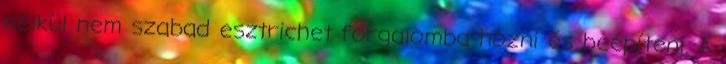
nélkül nem szabad esztrichet forgalomba hozni és beépíteni. A